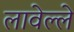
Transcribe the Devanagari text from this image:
लावेल्ले